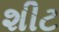
શીટ